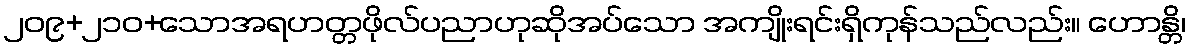
၂၀၉+၂၁၀+သောအရဟတ္တဖိုလ်ပညာဟုဆိုအပ်သော အကျိုးရင်းရှိကုန်သည်လည်း။ ဟောန္တိ၊